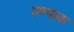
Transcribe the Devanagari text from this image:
लम्पाक